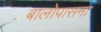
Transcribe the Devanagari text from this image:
बालोपासना